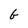
Character: b